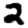
Digit: 2